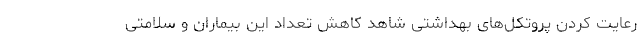
رعایت کردن پروتکل‌های بهداشتی شاهد کاهش تعداد این بیماران و سلامتی